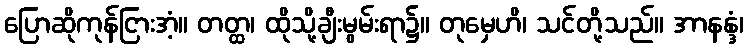
ပြောဆိုကုန်ငြားအံ့။ တတ္ထ၊ ထိုသို့ချီးမွမ်းရာ၌။ တုမှေဟိ၊ သင်တို့သည်။ အာနန္ဒံ၊